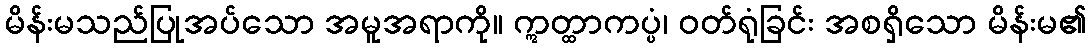
မိန်းမသည်ပြုအပ်သော အမူအရာကို။ ဣတ္ထာကပ္ပံ၊ ဝတ်ရုံခြင်း အစရှိသော မိန်းမ၏